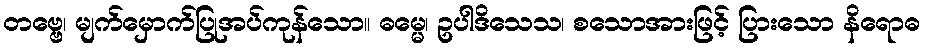
တဗ္ဗေ၊ မျက်မှောက်ပြုအပ်ကုန်သော။ ဓမ္မေ၊ ဥပါဒိသေသ၊ စသောအားဖြင့် ပြားသော နိရောဓ